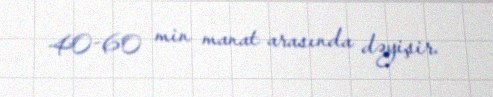
40-60 min manat arasında dəyişir.